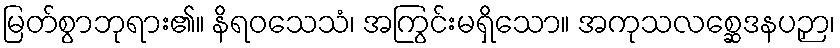
မြတ်စွာဘုရား၏။ နိရဝသေသံ၊ အကြွင်းမရှိသော။ အကုသလစ္ဆေဒနပဉှာ၊